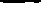
–